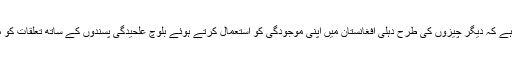
اسلام آباد کو خدشہ ہے کہ دیگر چیزوں کی طرح دہلی افغانستان میں اپنی موجودگی کو استعمال کرتے ہوئے بلوچ علحیدگی پسندوں کے ساتھ تعلقات کو مضبوط بنا رہا ہے۔